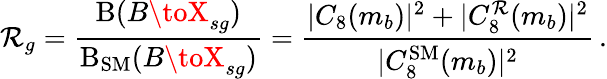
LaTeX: \mathcal{R}_{g}=\frac{{\mathrm{{B}}(B\toX_{sg})}}{{\mathrm{{B}}_{\mathrm{{SM}}}(B\toX_{sg})}}=\frac{{|C_{8}(m_{b})|^{2}+|C_{8}^{\mathcal{R}}(m_{b})|^{2}}}{{|C_{8}^{\mathrm{{SM}}}(m_{b})|^{2}}}\, .